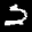
Label: 2